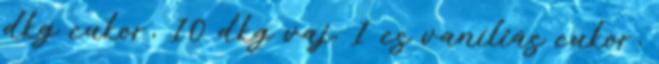
dkg cukor, 10 dkg vaj, 1 cs vaníliás cukor,